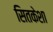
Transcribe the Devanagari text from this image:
सितकेशा